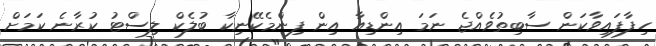
ހިފާފައިވާކަން ސާބިތުވެއްޖެ ނަމަ އިންޑިއާ އިން ފިންމެކޭނިކާ ބުލެކް ލިސްޓު ކުރާނެ ކަމަށް